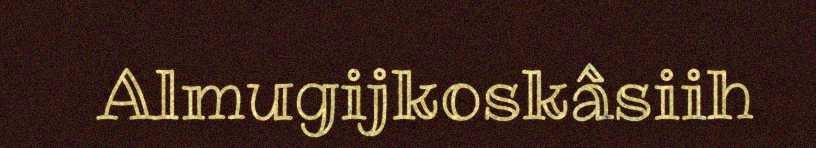
Almugijkoskâsiih